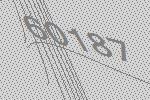
60187